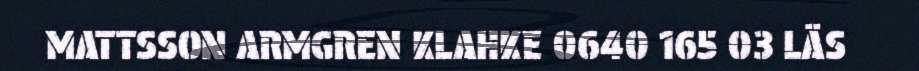
MATTSSON ARMGREN KLAHKE 0640 165 03 LÄS